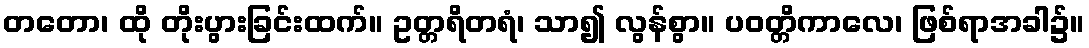
တတော၊ ထို တိုးပွားခြင်းထက်။ ဥတ္တရိတရံ၊ သာ၍ လွန်စွာ။ ပဝတ္တိကာလေ၊ ဖြစ်ရာအခါ၌။